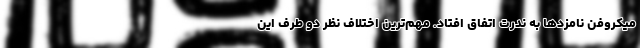
میکروفن نامزدها به ندرت اتفاق افتاد. مهم‌ترین اختلاف نظر دو طرف این